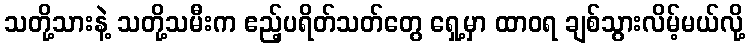
သတို့သားနဲ့ သတို့သမီးက ဧည့်ပရိတ်သတ်တွေ ရှေ့မှာ ထာဝရ ချစ်သွားလိမ့်မယ်လို့